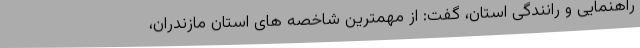
راهنمایی و رانندگی استان، گفت: از مهمترین شاخصه های استان مازندران،